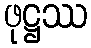
ဖုဋ္ဌဿ